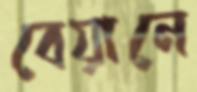
বেয়ানে